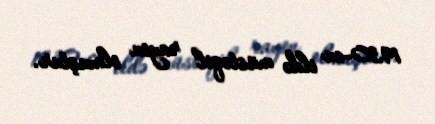
1930-cu ildə müstəqil rayon olmuştur.